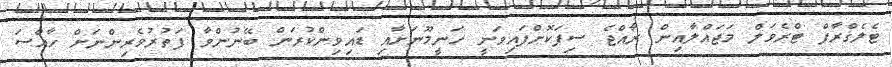
ޓެލެގްރާފް ޓްރެވަލް މަޖައްލާއިން ރާާއްޖެ ސިފަކޮށްފައިވަނީ ހަނީމޫނަށާއި ޑައިވިންކުރަން ބޭނުންވާ ފަތުރުވެރިންނަށް ހާއްސަ